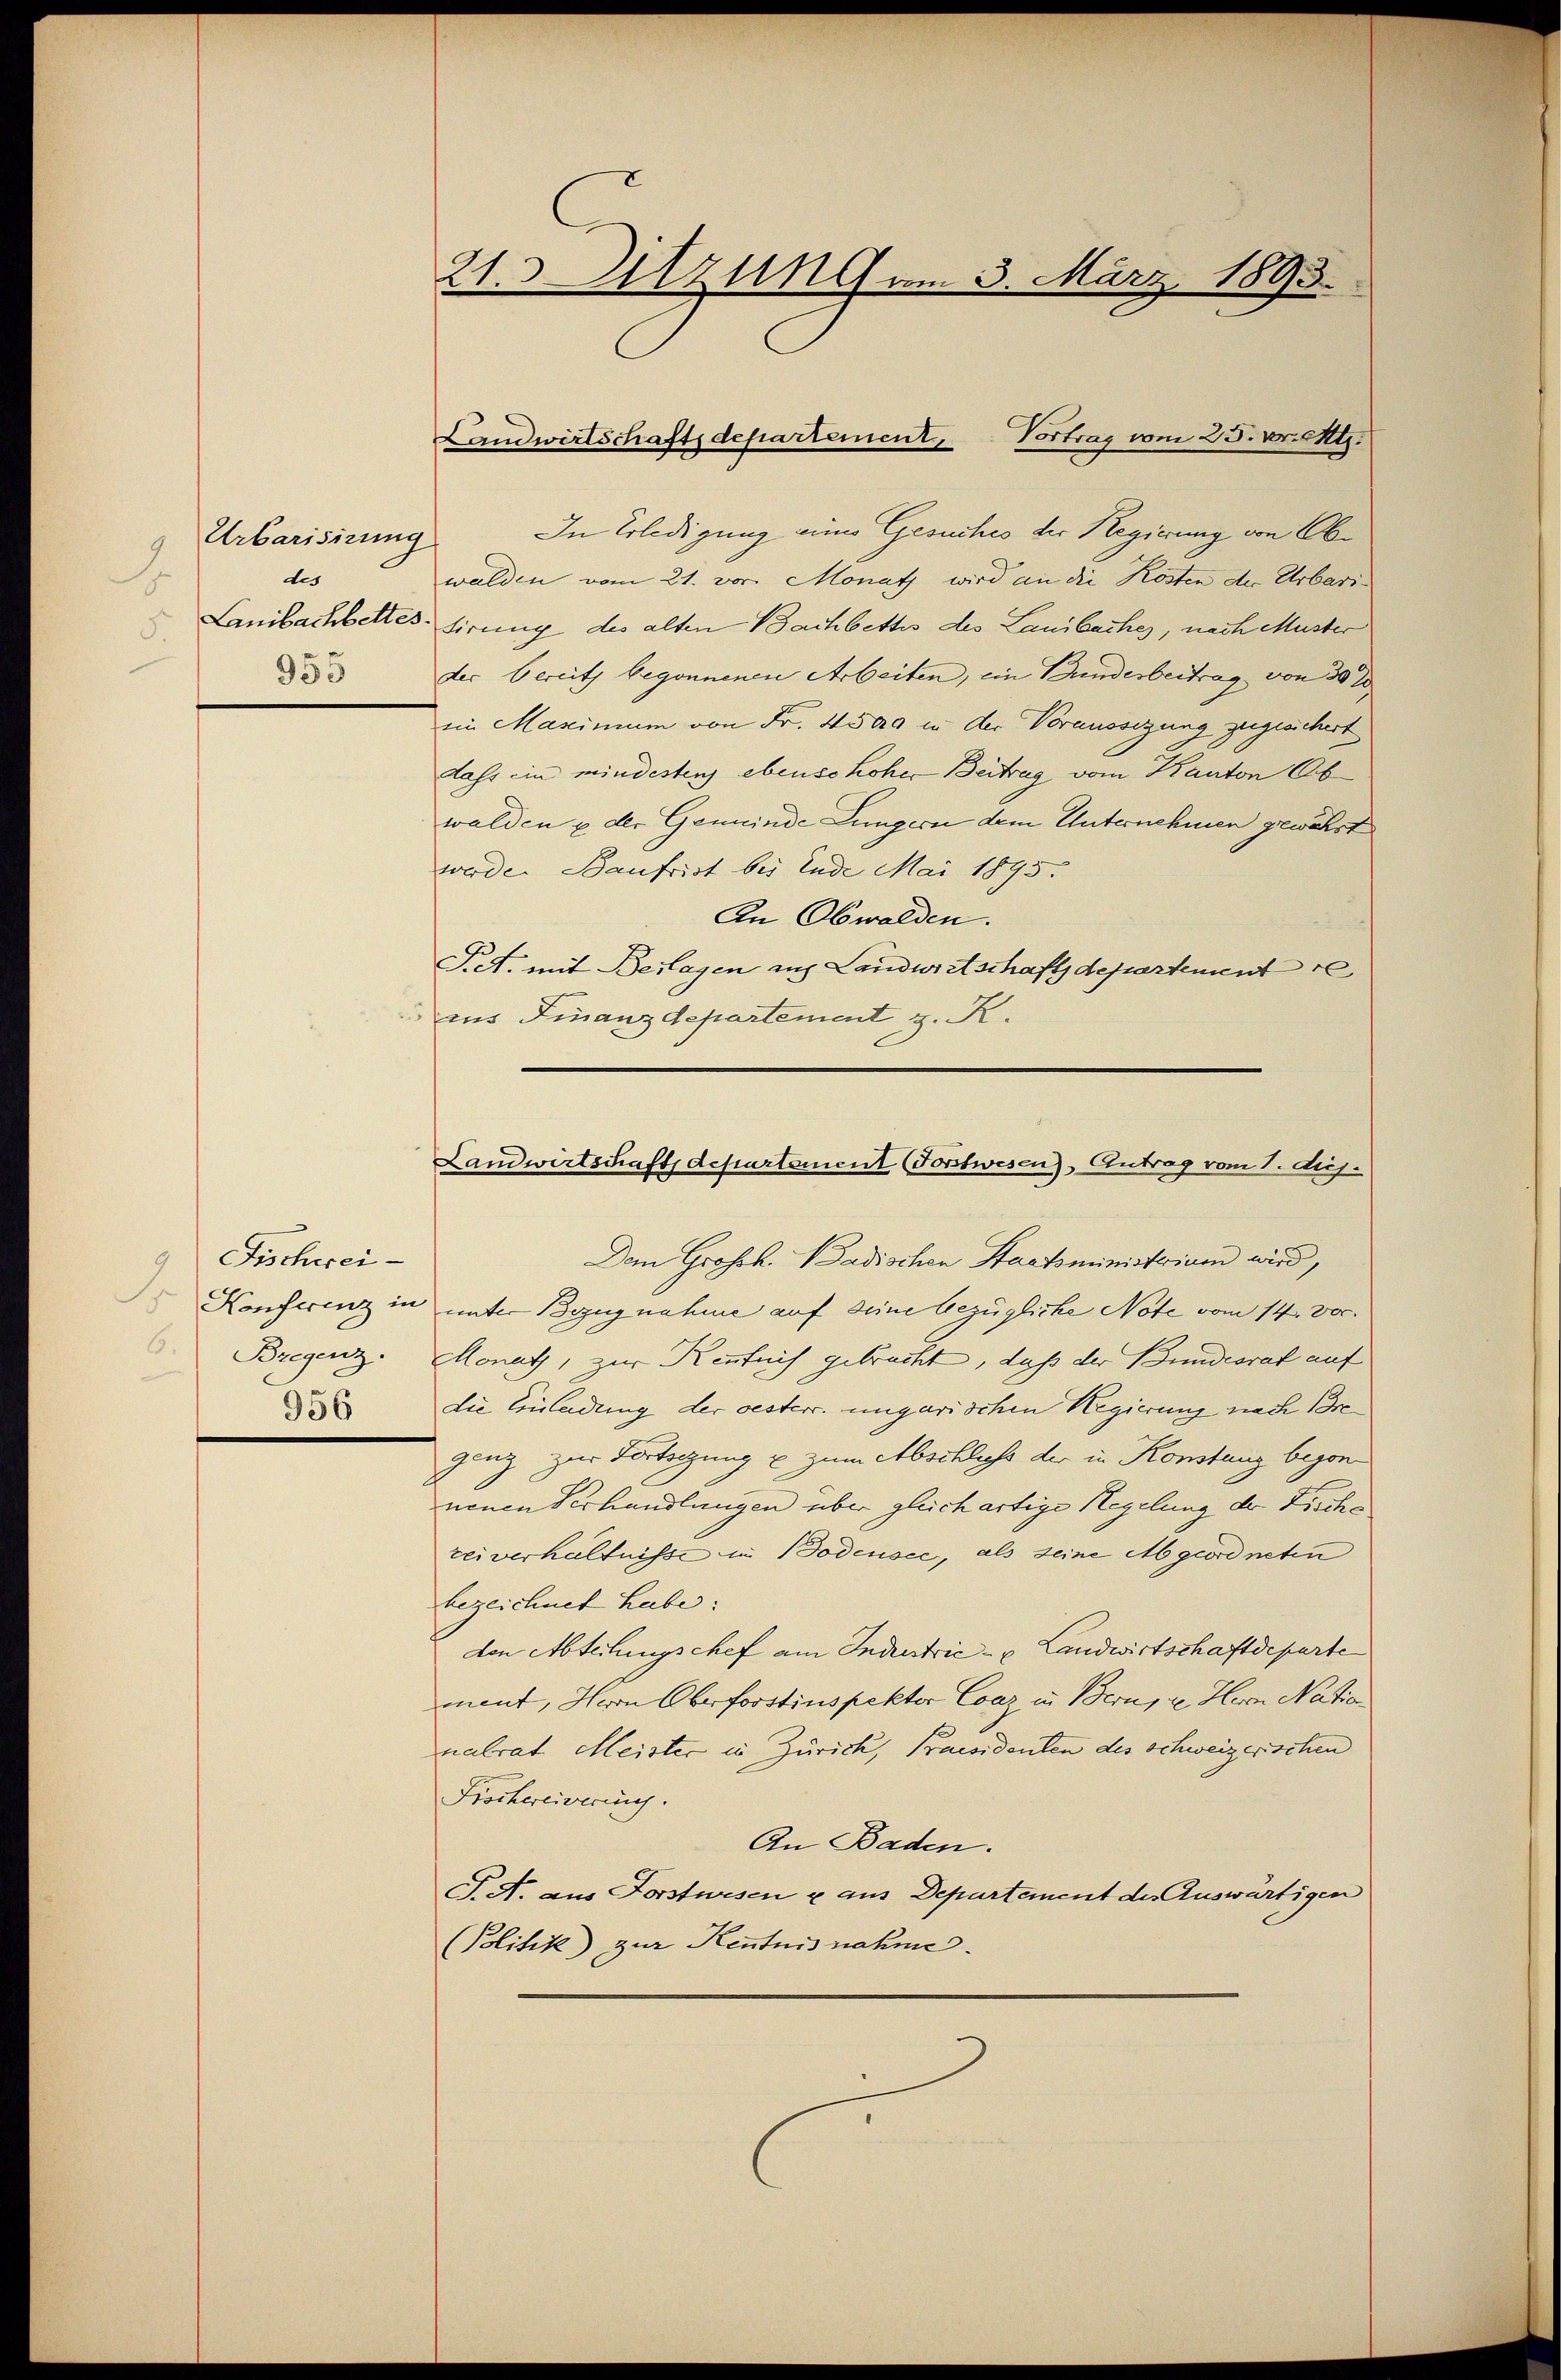
Urbarisirung
9
des
5.
955

Fischwei¬
6. Bregenz.
956

21. Sitzung am 3. März 1893.

In Erledigung ein Gesuches der Regierung von Obwalden vom 21. vor. Monath wird an die Kosten der Urbari-
Lanibachbettes tirung des alten Bachbettes des Landbuches, nach Muster
der bereits begonnenen Arbeiten, ein Bunderbeitrag von 30 x
in Maximum von Fr. 4500 in der Voraussezung zugesichert
dass ein mindestens ebenso hoher Beitrag vom Kanton Ob
walden u. der Gemeinde Lungern dem Unternehmen gewährt
werde. Baufrist bei Ende Mai 1895.
An Obwalden.
T.A. mit Bertagen aus Landwirtschaft departement
aus Finanzdepartement z. K.

Vortrag vom 25. v. Mts.
Landwirtschaftsdepartement,

Landwirtschaft departement (Forstwesen), Antrag vom 1. dij.

Dem Grossh. Badischen Staatsministerium wird,
Konferenz in unter Bezugnahme auf seine bezügliche Note vom 14. 300.
Monath, zur Kenntnis gebracht, daß der Bundesrat auf
die Einladung der oesterr. ungarischen Regierung nach Bre
genz zur Fortigung u zum Abschluss der in Konstanz besonnenen Verhandlungen über gleich artige Regelung der Fische
rei verhältnisse in Bodensee, als seine Abgeordneten
bezeichnet habe.
den Abteilungschef am Industrić - u Landwirtschaftdeparte
ment, Herrn Oberforstinspektor Coaz in Bern, ze Herrn Natio
nalrat Meister in Zürich, Praesidenten des schweizerischen
Fröchereivering.
An Baden.
J. A. aus Forstwesen u aus Departement des Auswärtigen
(Politik) zur Kenntnisnahme.